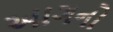
આગનો